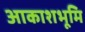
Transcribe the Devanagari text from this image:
आकाशभूमि